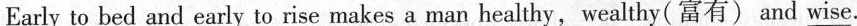
Early to bed and early to rise makes a man healthy, wealthy(富有)and\underline{wise}.